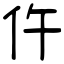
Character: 仵